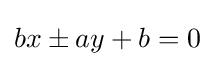
bx\pm ay+b=0